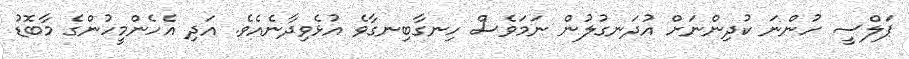
ޕަލްސީ ހުންނަ ކުދިންނަށް އުދަނގުލުން ނަމަވެސް ހިނގާބިނގާވެ އުޅެވިދާނެއެވެ. އަދި އެހެންމީހުންގެ މާބޮޑު